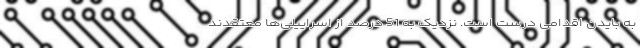
به بایدن اقدامی درست است. نزدیک به 51 درصد از اسراییلی‌ها معتقدند